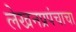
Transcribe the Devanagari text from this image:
लेखनप्रपंचाचा